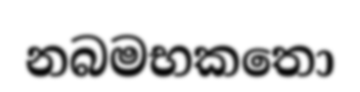
නබමභකතො